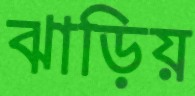
ঝাড়িয়